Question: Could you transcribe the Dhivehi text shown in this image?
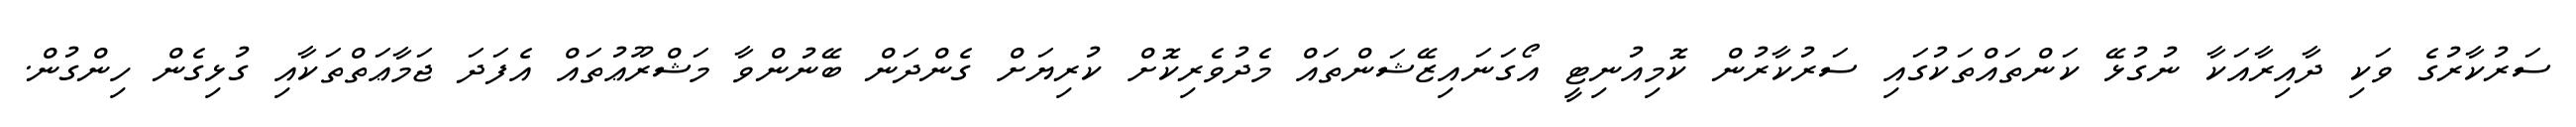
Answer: ސަރުކާރުގެ ވަކި ދާއިރާއަކާ ނުގުޅޭ ކަންތައްތަކުގައި ސަރުކާރުން ކޮމިއުނިޓީ އޯގަނައިޒޭޝަންތައް މެދުވެރިކޮށް ކުރިޔަށް ގެންދަން ބޭނުންވާ މަޝްރޫޢުތައް އެފަދަ ޖަމާޢަތްތަކާއި ގުޅިގެން ހިންގުން.